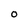
Character: 0